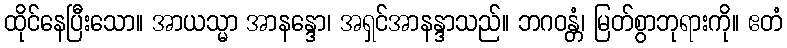
ထိုင်နေပြီးသော။ အာယသ္မာ အာနန္ဒော၊ အရှင်အာနန္ဒာသည်။ ဘဂဝန္တံ၊ မြတ်စွာဘုရားကို။ ဧတံ